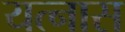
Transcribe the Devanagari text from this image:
यत्नास